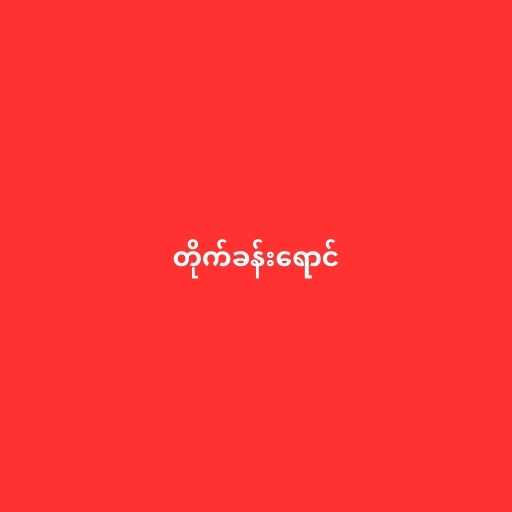
တိုက်ခန်းရောင်